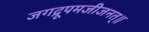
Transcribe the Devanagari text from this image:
जगद्रूपमजीजनत्॥